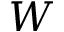
W